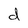
Character: d